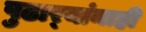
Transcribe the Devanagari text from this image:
पुढार्‍यांनाही